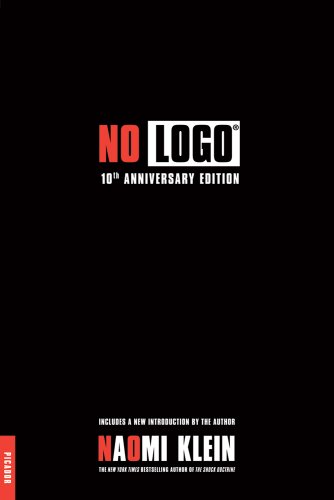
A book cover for No Logo: 10th Anniversary Edition with a New Introduction by the Author; Naomi Klein; Business & Money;